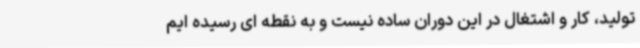
تولید، کار و اشتغال در این دوران ساده نیست و به نقطه ای رسیده ایم